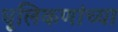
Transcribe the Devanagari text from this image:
धूलिकणांच्या